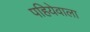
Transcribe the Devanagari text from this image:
पहियेवाला